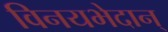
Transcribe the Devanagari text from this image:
विनयभेदान्